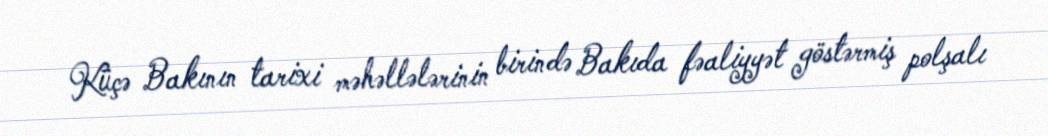
Küçə Bakının tarixi məhəllələrinin birində Bakıda fəaliyyət göstərmiş polşalı